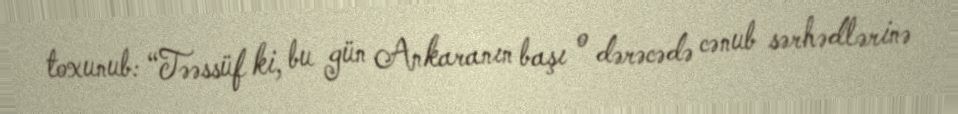
toxunub: “Təəssüf ki, bu gün Ankaranın başı o dərəcədə cənub sərhədlərinə